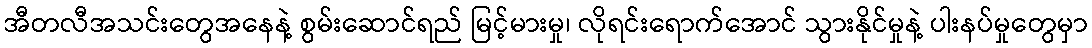
အီတလီအသင်းတွေအနေနဲ့ စွမ်းဆောင်ရည် မြင့်မားမှု၊ လိုရင်းရောက်အောင် သွားနိုင်မှုနဲ့ ပါးနပ်မှုတွေမှာ